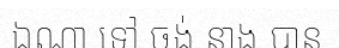
ឯណា ទៅ ចង់ នាង បាន